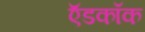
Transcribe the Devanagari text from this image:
ऍडकॉक